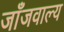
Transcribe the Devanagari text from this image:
जाँजवाल्य